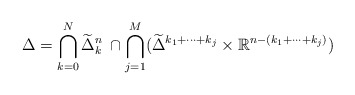
\begin{align*}\Delta=\bigcap_{k=0}^N \widetilde{\Delta}^n_k\hskip1mm\cap\bigcap_{j=1}^M(\widetilde{\Delta}^{k_1+\cdots+ k_j}\times\mathbb{R}^{n-(k_1+\cdots+ k_j)})\end{align*}